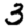
Digit: 3